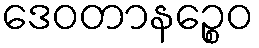
ဒေဝတာနဉ္စေဝ